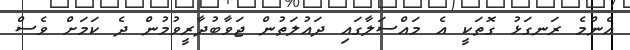
އެންމެ ރަނގަޅު ގޮތަކީ އެ މައްސަލާގައި ދައުލަތުން ޖަވާބުދާރީވުމުން ދެ ކަމަށް ވެސް